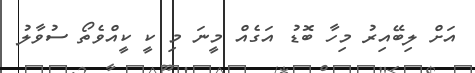
އަށް ލިބޭއިރު މިހާ ބޮޑު އަގެއް މީނަ މި ކީ ކީއްވެތޯ ސުވާލު